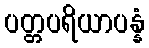
ပတ္တပရိယာပန္နံ